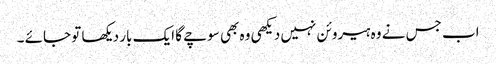
اب جس نے وہ ہیروئن نہیں دیکھی وہ بھی سوچے گا ایک بار دیکھا تو جائے ۔